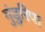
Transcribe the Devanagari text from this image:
गुंडुरिपा